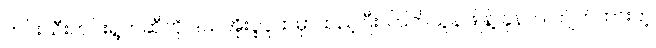
ဟင်းသီးဟင်းရွက်ဆီကို ဒယ်အိုးပူပူထဲမှာထည့်ပြီး ကြက်သွန်ဖြူနဲ့ ခုနက ကျိတ်ထားတဲ့